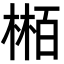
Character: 𬃴